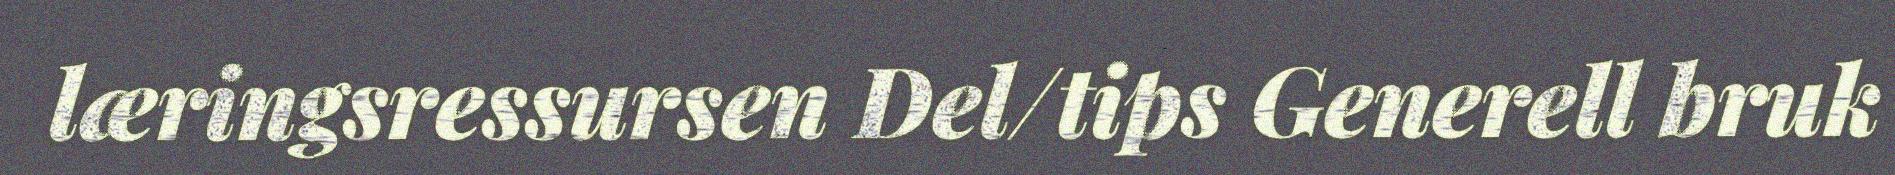
læringsressursen Del/tips Generell bruk